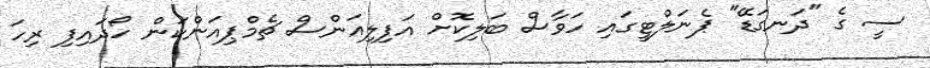
ސީ ގެ "ދަނގަޑޭ" ޕެނަލްޓީގައި ހަވާސް ބަލިކޮށް އަފިލިއަންސް ޗެމްޕިއަންކަން ހޯދައިފި ރިހަ